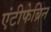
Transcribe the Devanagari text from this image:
एंटीफेब्रिन